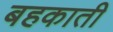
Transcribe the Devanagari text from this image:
बहकाती